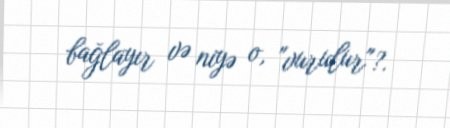
bağlayır və niyə o, "vurulur"?.